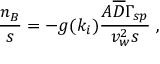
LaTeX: \frac { n _ { B } } { s } = - g ( k _ { i } ) \frac { { \cal A } \overline { { { D } } } \Gamma _ { s p } } { v _ { w } ^ { 2 } s } \ ,